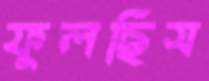
ফুলছিস